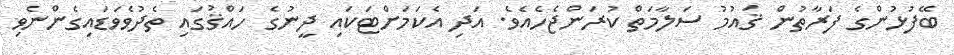
ބޭފުޅުންގެ ފަރާތުން ޤައުމު ސަލާމަތް ކުރަންޖެހެއެވެ. އަދި އެކަމަށްޓަކައި ދީނުގެ ހައްޤުގައި ތެދުވެވަޑައިގެންނެވި